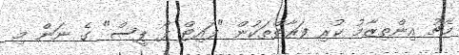
މެޗު އިންތިޒާމު ކުރި ފަރާތްތަކުން "ފައިޓް ފޯ ޕީސް" ގެ ނަން މި